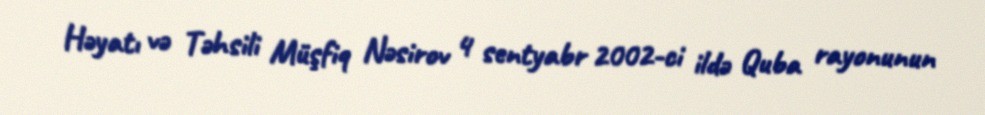
Həyatı və Təhsili Müşfiq Nəsirov 4 sentyabr 2002-ci ildə Quba rayonunun